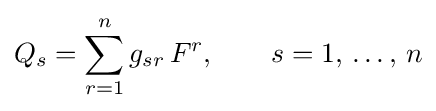
Q_{s}=\sum _{r=1}^{n}g_{sr}\,F^{r},\qquad s=1,\,\ldots ,\,n